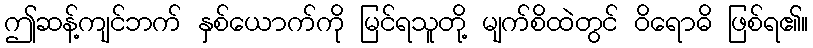
ဤဆန့်ကျင်ဘက် နှစ်ယောက်ကို မြင်ရသူတို့ မျက်စိထဲတွင် ဝိရောဓိ ဖြစ်ရ၏။